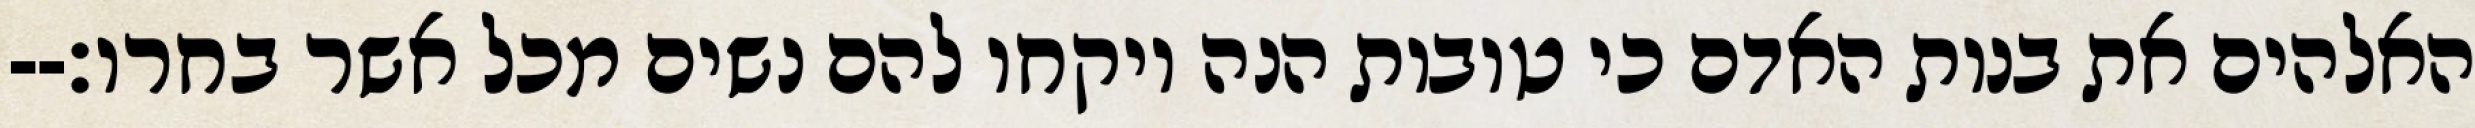
האלהים את בנות האדם כי טובות הנה ויקחו להם נשים מכל אשר בחרו׃--